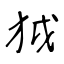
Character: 狘